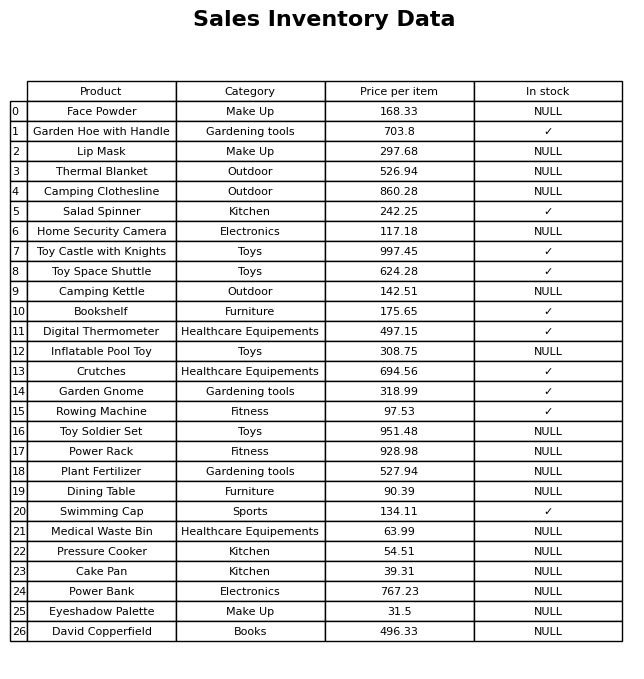
question: What is the price of the Bookshelf?
answer: The price of Bookshelf is 175.65.